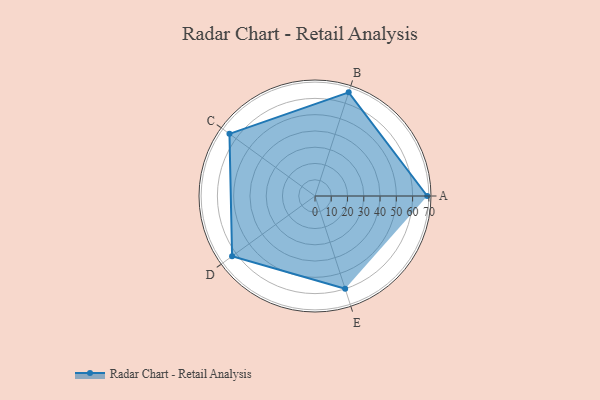
{"axis": {"x": "Skill", "y": "Score"}, "legend": ["Profile"], "data": [{"x": "A", "y": 69.0, "type": "Profile"}, {"x": "B", "y": 67.0, "type": "Profile"}, {"x": "C", "y": 65.0, "type": "Profile"}, {"x": "D", "y": 63.0, "type": "Profile"}, {"x": "E", "y": 60.0, "type": "Profile"}]}